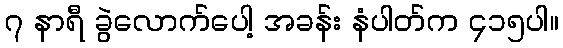
၇ နာရီ ခွဲလောက်ပေါ့ အခန်း နံပါတ်က ၄၁၅ပါ။